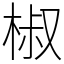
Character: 椒